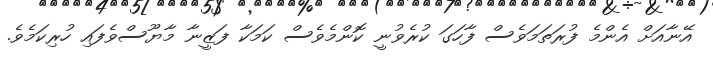
އޭނާއަށް އެންމެ ފުރަތަމަވެސް ފާހަގަ ކުރެވުނީ ކޮންމެވެސް ކަމަކާ ފަޒީނާ މާޔޫސްވެފައި ހުރިކަމެވެ.